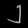
Digit: ၂